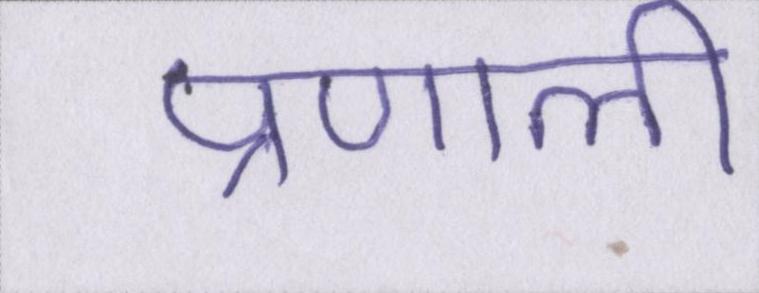
प्रणाली